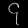
Digit: ၄